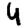
Digit: 4